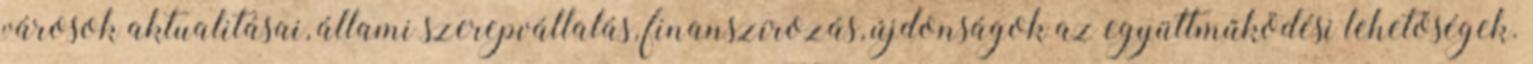
városok aktualitásai, állami szerepvállalás, finanszírozás, újdonságok az együttműködési lehetőségek.